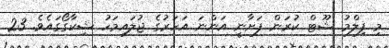
މި ފިލްމު ޝޫޓް ކުރަން ފަށާނީ އަންނަ އަހަރުގެ ޖުލައިމަހު ޝިކާގޯގައެވެ. 23